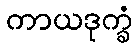
ကာယဒုက္ခံ